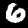
Label: 6